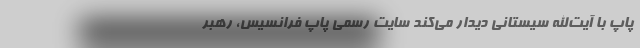
پاپ با آیت‌الله سیستانی دیدار می‌کند سایت رسمی پاپ فرانسیس، رهبر